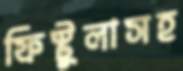
ফিস্টুলাসহ